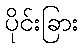
ပိုင်းခြား